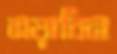
সয়াবিন